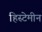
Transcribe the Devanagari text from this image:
हिस्टेमीन